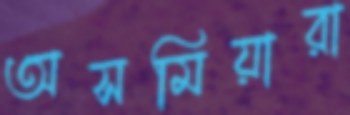
অসমিয়ারা